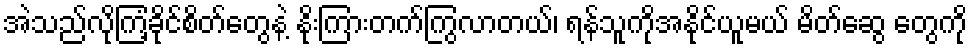
အဲသည်လိုကြံ့ခိုင်စိတ်တွေနဲ့ နိုးကြားတက်ကြွလာတယ်၊ ရန်သူကိုအနိုင်ယူမယ် မိတ်ဆွေ တွေကို